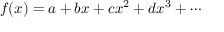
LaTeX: f ( x ) = a + b x + c x ^ { 2 } + d x ^ { 3 } + \cdots